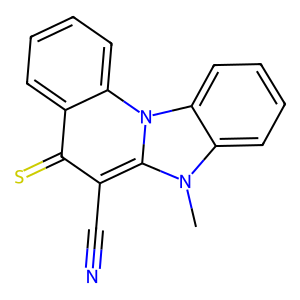
SMILES: Cn1c2ccccc2n2c3ccccc3c(=S)c(C#N)c12
Inhibits HIV replication: No